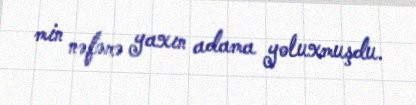
min nəfərə yaxın adama yoluxmuşdu.